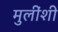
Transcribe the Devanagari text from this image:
मुलींशी